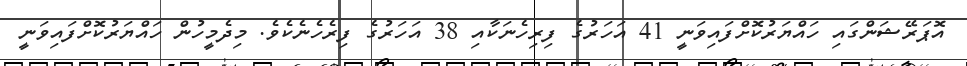
އޮޕަރޭޝަންގައި ހައްޔަރުކޮށްފައިވަނީ 41 އަހަރުގެ ފިރިހެނަކާއި 38 އަހަރުގެ ފިރެހެނެކެވެ. މިދެމީހުން ހައްޔަރުކޮށްފައިވަނީ